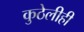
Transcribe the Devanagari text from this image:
कुठेलीही